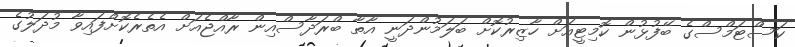
ކަސްޓަމްސްގެ ބޭފުޅުން ކޮމިޓީއަށް ހާޒިރުކޮށް ބަލަމުންދަނީ އާތާ ބްރަދާސްއިން ރާއްޖެއަށް އެތެރެކޮށްފައިވާ މުދަލުގެ